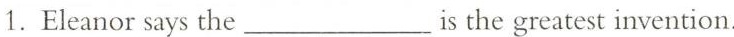
1. Eleanor says the___ is the greatest invention.